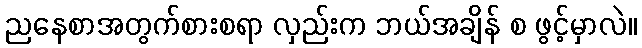
ညနေစာအတွက်စားစရာ လှည်းက ဘယ်အချိန် စ ဖွင့်မှာလဲ။